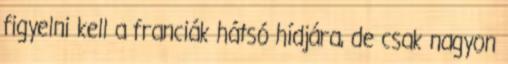
figyelni kell a franciák hátsó hídjára, de csak nagyon